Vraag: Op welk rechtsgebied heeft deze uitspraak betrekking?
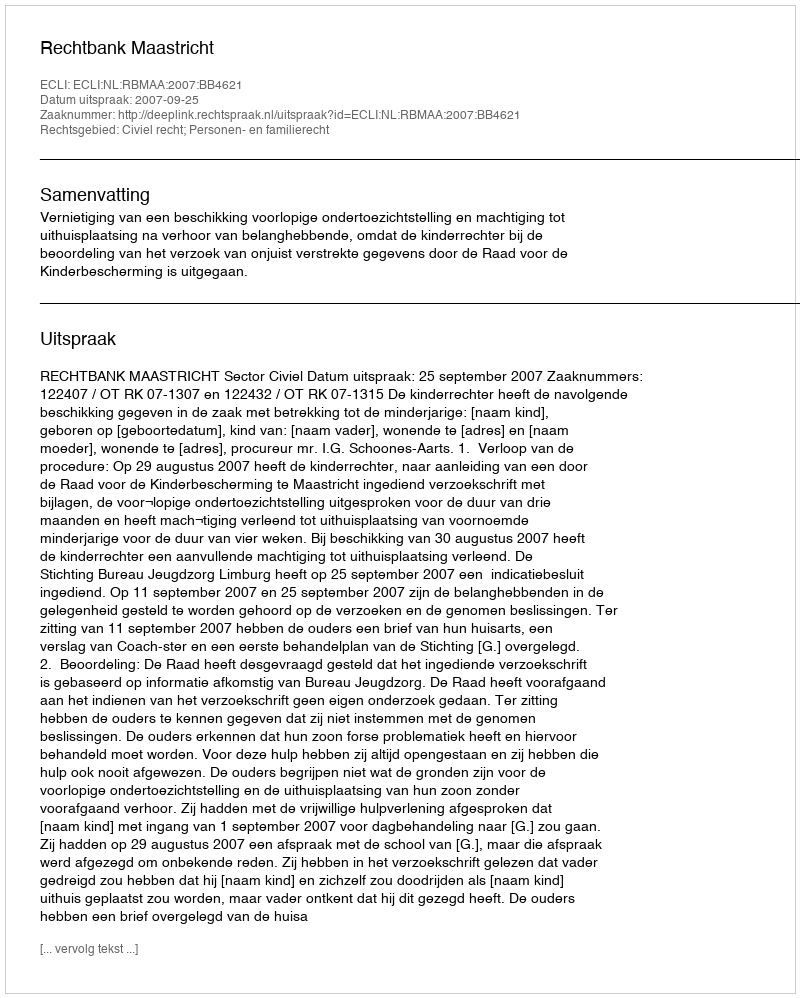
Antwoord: Civiel recht; Personen- en familierecht